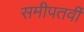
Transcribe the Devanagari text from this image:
समीपतर्वी